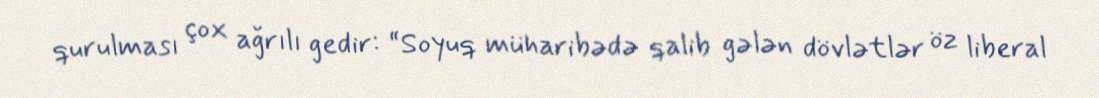
qurulması çox ağrılı gedir: “Soyuq müharibədə qalib gələn dövlətlər öz liberal